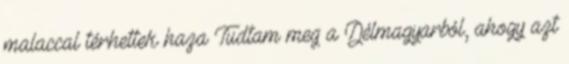
malaccal térhettek haza Tudtam meg a Délmagyarból, ahogy azt